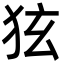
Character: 㹡